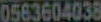
0563604038